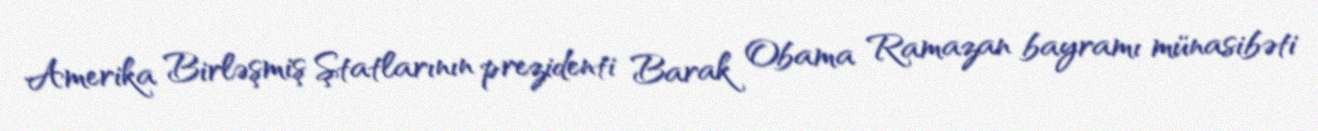
Amerika Birləşmiş Ştatlarının prezidenti Barak Obama Ramazan bayramı münasibəti